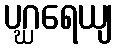
ပဂ္ဃရေယျ